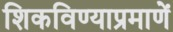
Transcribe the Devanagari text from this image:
शिकविण्याप्रमाणें